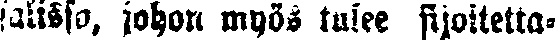
salissa, johon myös tulee sijoitetta-